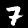
Digit: 7